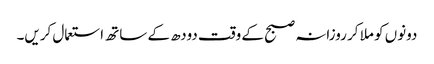
دونوں کو ملا کر روزانہ صبح کے وقت دودھ کے ساتھ استعمال کریں۔